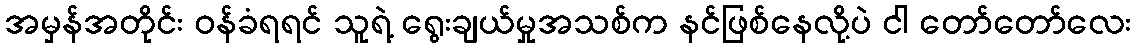
အမှန်အတိုင်း ဝန်ခံရရင် သူရဲ့ ရွေးချယ်မှုအသစ်က နင်ဖြစ်နေလို့ပဲ ငါ တော်တော်လေး